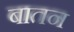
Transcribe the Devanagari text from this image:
बातन